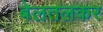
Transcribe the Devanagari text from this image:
बेलतलकर